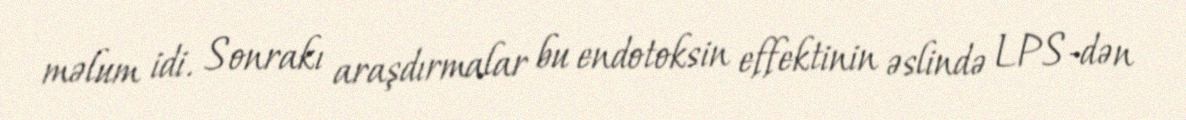
məlum idi. Sonrakı araşdırmalar bu endotoksin effektinin əslində LPS-dən